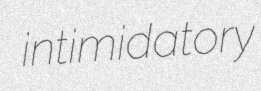
intimidatory